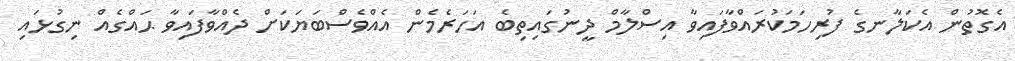
އެގޮތުން އެކަލާނގެ ފުރިހަމަކުރައްވާފައިވާ އިސްލާމް ދީނުގައިތިބެ އަހަރެމެން އެއްވެސްބަޔަކަށް ދެއްވާފައިވާ ޙައްގެއް ނިގުޅައި